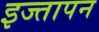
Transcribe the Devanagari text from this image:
इज्तापन